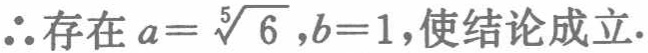
\(\therefore\)存在\(a = \sqrt[5]{6},b = 1\)，使结论成立.